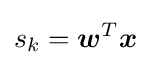
s_{k}={\boldsymbol {w}}^{T}{\boldsymbol {x}}